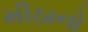
મીઠાનો